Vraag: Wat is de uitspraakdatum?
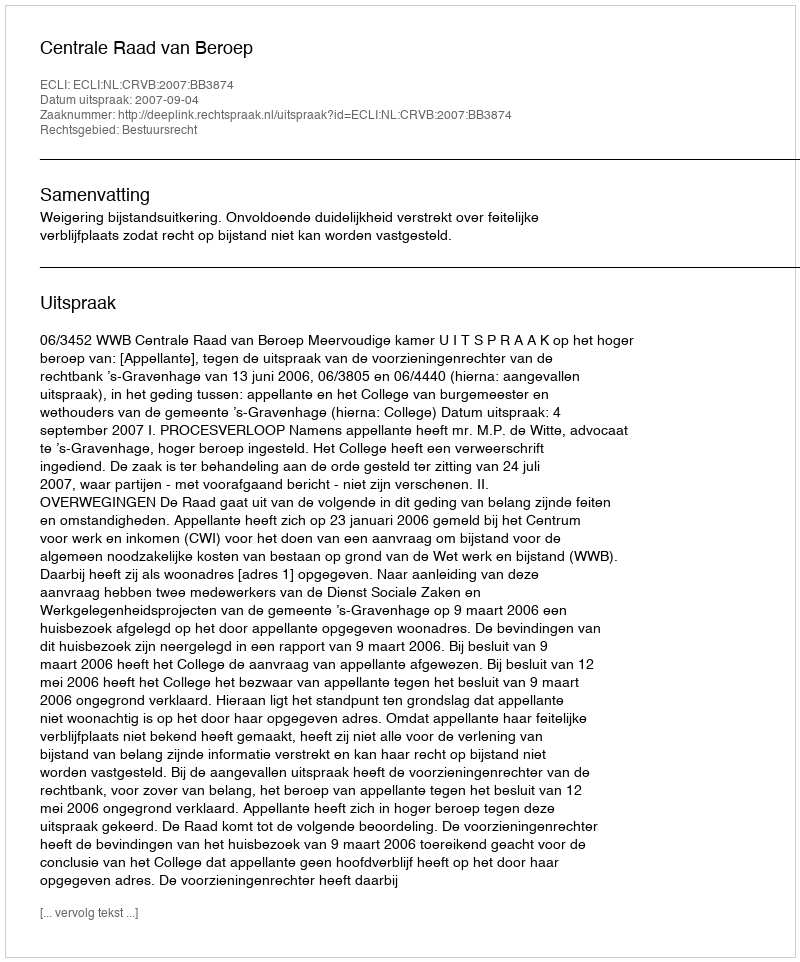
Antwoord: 2007-09-04